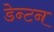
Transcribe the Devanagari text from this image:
डेन्टन